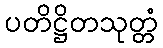
ပတိဋ္ဌိတသုတ္တံ